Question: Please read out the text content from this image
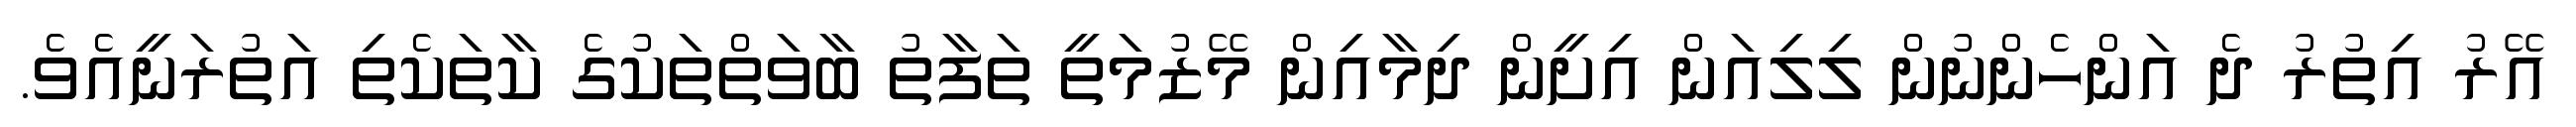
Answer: އޭރު އިތުރު ދެ އަންހެންނުން ލިލިއަން އިށީން ދިމާއިން މޭޒުމަތީ ތަފާތު ބާވަތްތަކުގެ ކާތަކެތި އަތުރަނީއެވެ.